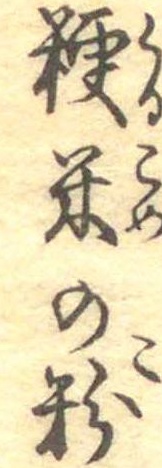
粳米の粉